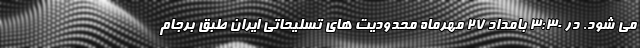
می شود. در ۳:۳۰ بامداد ۲۷ مهرماه محدودیت های تسلیحاتی ایران طبق برجام